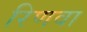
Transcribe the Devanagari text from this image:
रिणवा